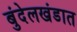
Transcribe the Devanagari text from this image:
बुंदेलखंडात